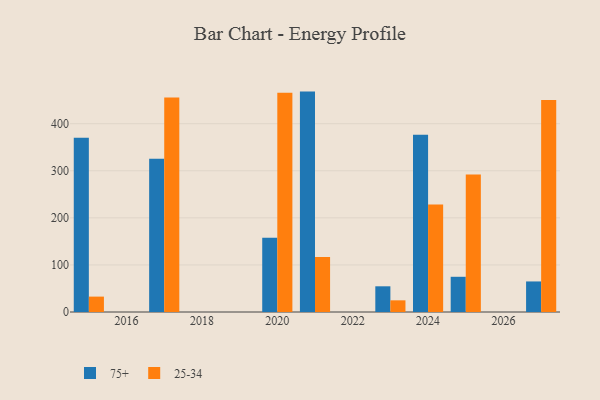
{"axis": {"x": "Year", "y": "Budget (USD K)"}, "legend": ["25-34", "75+"], "data": [{"x": "2027", "y": 64.9, "type": "75+"}, {"x": "2027", "y": 450.3, "type": "25-34"}, {"x": "2023", "y": 54.6, "type": "75+"}, {"x": "2023", "y": 24.8, "type": "25-34"}, {"x": "2025", "y": 74.8, "type": "75+"}, {"x": "2025", "y": 291.9, "type": "25-34"}, {"x": "2017", "y": 325.4, "type": "75+"}, {"x": "2017", "y": 455.7, "type": "25-34"}, {"x": "2021", "y": 468.2, "type": "75+"}, {"x": "2021", "y": 116.9, "type": "25-34"}, {"x": "2020", "y": 157.5, "type": "75+"}, {"x": "2020", "y": 465.7, "type": "25-34"}, {"x": "2024", "y": 376.6, "type": "75+"}, {"x": "2024", "y": 228.5, "type": "25-34"}, {"x": "2015", "y": 370.2, "type": "75+"}, {"x": "2015", "y": 32.7, "type": "25-34"}]}